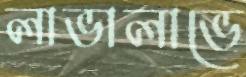
লাভালাভে